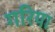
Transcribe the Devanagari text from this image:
गरिया